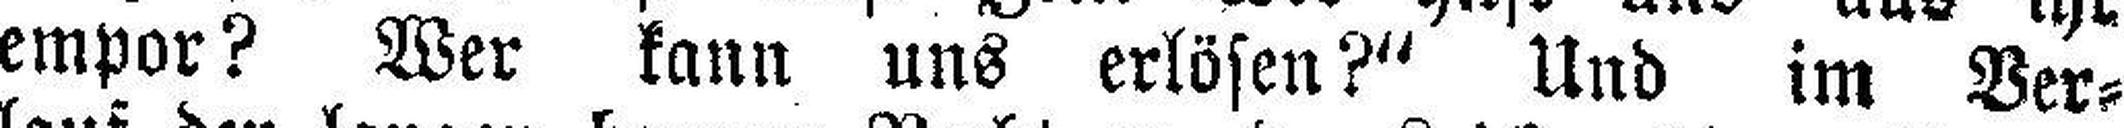
empor? Wer kann uns erlösen?" Und im Ver¬